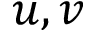
u , v